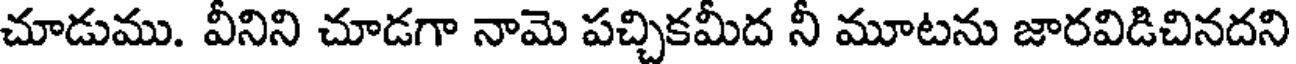
చూడుము. వీనిని చూడగా నామె పచ్చికమీద నీ మూటను జారవిడిచినదని